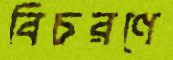
বিচরণে